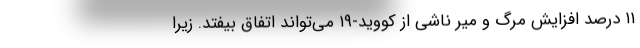
۱۱ درصد افزایش مرگ و میر ناشی از کووید-۱۹ می‌تواند اتفاق بیفتد. زیرا